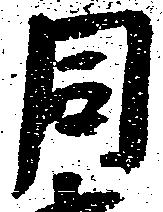
同